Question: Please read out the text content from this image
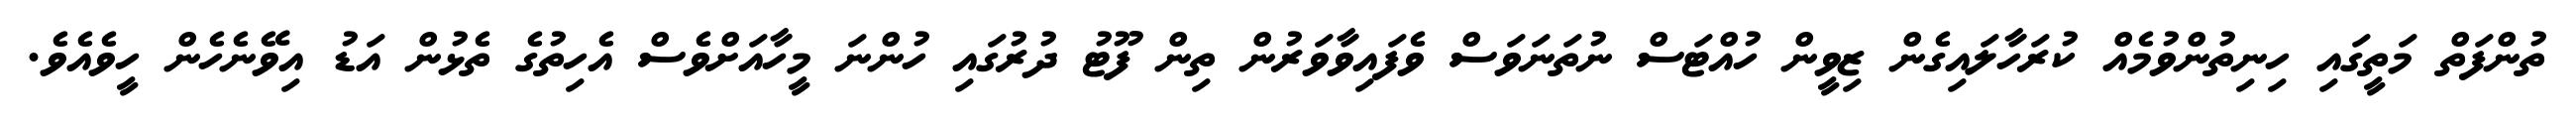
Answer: ތުންފަތް މަތީގައި ހިނިތުންވުމެއް ކުރަހާލައިގެން ޒިވީން ހުއްޓަސް ނުތަނަވަސް ވެފައިވާވަރުން ތިން ފޫޓު ދުރުގައި ހުންނަ މީހާއަށްވެސް އެހިތުގެ ތެޅުން އަޑު އިވޭނެހެން ހީވެއެވެ.